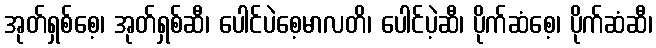
အုတ်ရှစ်စေ့၊ အုတ်ရှစ်ဆီ၊ ပေါင်ပဲစေ့မာလတိ၊ ပေါင်ပဲ့ဆီ၊ ပိုက်ဆံစေ့၊ ပိုက်ဆံဆီ၊